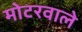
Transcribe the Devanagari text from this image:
मोटरवाले